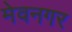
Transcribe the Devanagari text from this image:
मेवनगर